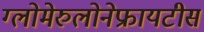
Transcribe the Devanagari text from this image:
ग्लोमेरुलोनेफ्रायटीस